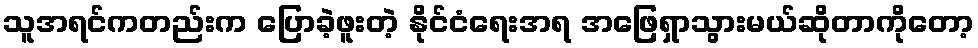
သူအရင်ကတည်းက ပြောခဲ့ဖူးတဲ့ နိုင်ငံရေးအရ အဖြေရှာသွားမယ်ဆိုတာကိုတော့